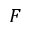
\boldsymbol { F }